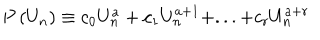
P \left( U _ { n } \right) \equiv c _ { 0 } U _ { n } ^ { a } + c _ { 1 } U _ { n } ^ { a + 1 } + . . . + c _ { r } U _ { n } ^ { a + r }